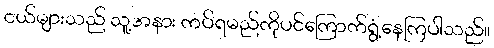
ငယ်များသည် သူ့အနား ကပ်ရမည်ကိုပင်ကြောက်ရွံ့နေကြပါသည်။